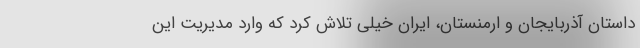
داستان آذربایجان و ارمنستان، ایران خیلی تلاش کرد که وارد مدیریت این